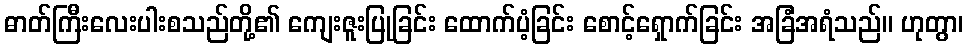
ဓာတ်ကြီးလေးပါးစသည်တို့၏ ကျေးဇူးပြုခြင်း ထောက်ပံ့ခြင်း စောင့်ရှောက်ခြင်း အခြံအရံသည်။ ဟုတွာ၊